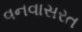
વનવાસરત